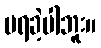
မရခဲ့ပါဘူး။